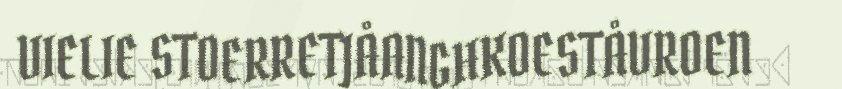
VIELIE STOERRETJÅANGHKOESTÅVROEN